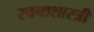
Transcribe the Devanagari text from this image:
रचनाशास्त्री